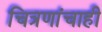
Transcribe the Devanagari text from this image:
चित्रणांचाही